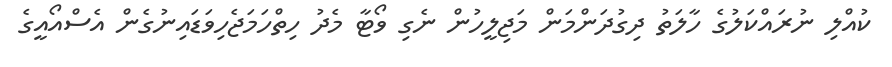
ކުއްލި ނުރައްކަލުގެ ހާލަތު ދިގުދަންމަން މަޖިލީހުން ނެގި ވޯޓާ މެދު ހިތްހަމަޖެހިވަޑައިނުގެން އެސްއޯއީގެ